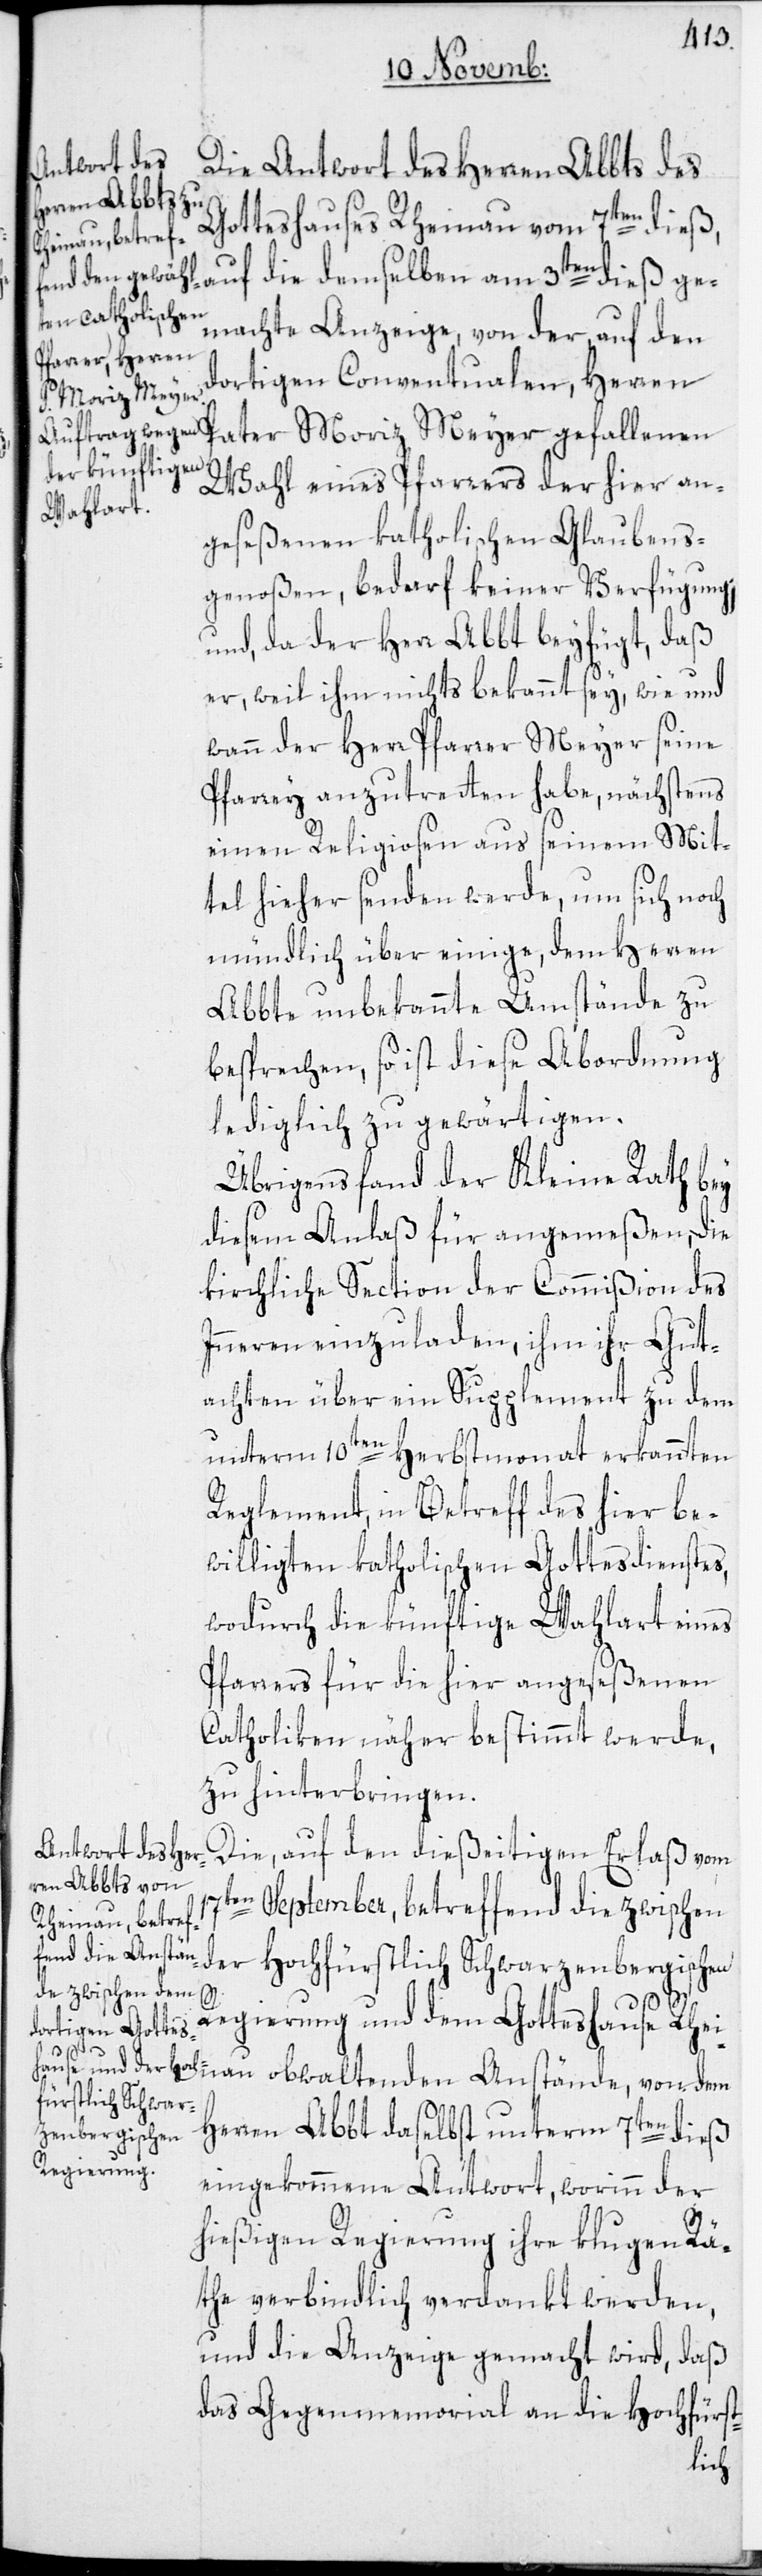
Die Antwort des Herren Abbts des
Gotteshauses Rheinau vom 7ten dieß,
auf die demselben am 3ten dieß ge¬
machte Anzeige, von der auf den
dortigen Conventualen, Herren
Moriz Meyer
Wahl eines Pfarrers der hier an¬
geseßenen katholischen Glaubens¬
genoßen, bedarf keiner Verfügung;
und, da der Herr Abbt beyfügt, daß
er, weil ihm nichts bekannt sey, wie und
wann der Herr Pfarrer Meyer seine
Pfarrey anzutretten habe, nächstens
einen Religiosen aus seinem Mit¬
tel hieher senden werde, um sich noch
mündlich über einige, dem Herren
Abbte unbekannte Umstände zu
besprechen, so ist diese Abordnung
lediglich zu gewärtigen.
Übrigens fand der Kleine Rath bey
diesem Anlaß für angemeßen, die
kirchliche Section der Commißion des
Inneren einzuladen, ihm ihr Gut¬
achten über ein Supplement zu dem
unterm 10ten Herbstmonat erkannten
Reglement, in Betreff des hier be¬
willigten katholischen Gottesdienstes,
wodurch die künftige Wahlart eines
Pfarrers für die hier angeseßenen
Catholiken näher bestimmt werde,
zu hinterbringen.
Die, auf den dießeitigen Erlaß vom
en September, betreffend die zwischen
der Hochfürstlich Schwarzenbergischen
Regierung und dem Gotteshause Rhei¬
17t¬
dem
Herren Abbt daselbst unterm 7ten dieß
eingekommene Antwort, worinn der
hießigen Regierung ihre klugen Rä¬
the verbindlich verdankt werden,
und die Anzeige gemacht wird, daß
das Gegenmemorial an die Hochfürst-